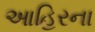
આહિરના